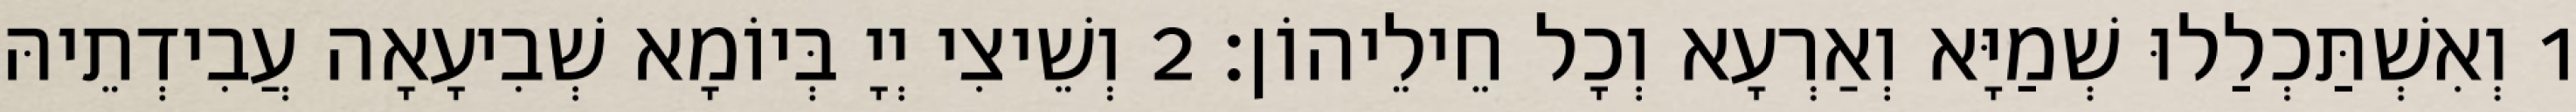
1 וְאִשְׁתַּכְלַלוּ שְׁמַיָּא וְאַרְעָא וְכָל חֵילֵיהוֹן׃ 2 וְשֵׁיצִי יְיָ בְּיוֹמָא שְׁבִיעָאָה עֲבִידְתֵיהּ